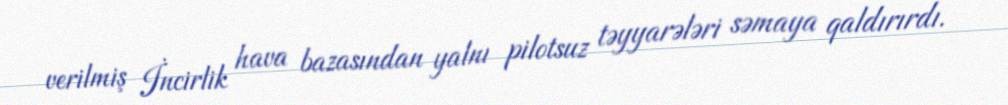
verilmiş İncirlik hava bazasından yalnı pilotsuz təyyarələri səmaya qaldırırdı.